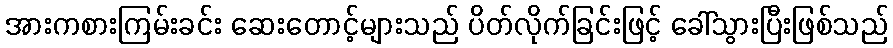
အားကစားကြမ်းခင်း ဆေးတောင့်များသည် ပိတ်လိုက်ခြင်းဖြင့် ခေါ်သွားပြီးဖြစ်သည်